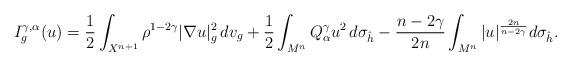
LaTeX: \begin{align*}I_g^{\gamma,\alpha}(u)=\frac{1}{2}\int_{X^{n+1}}\rho^{1-2\gamma}|\nabla u|^2_g\,dv_g+\frac{1}{2}\int_{M^n}Q^\gamma_\alpha u^2\,d\sigma_{\hat{h}}-\frac{n-2\gamma}{2n}\int_{M^n}|u|^{\frac{2n}{n-2\gamma}}d\sigma_{\hat{h}}.\end{align*}